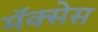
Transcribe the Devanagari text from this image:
मॅक्सेस